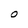
Character: O